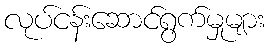
လုပ်ငန်းဆောင်ရွက်မှုများ